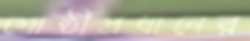
গোষ্ঠীপ্রধানের